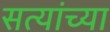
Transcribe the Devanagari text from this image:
सत्यांच्या